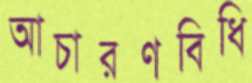
আচারণবিধি